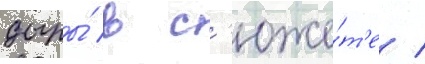
дыры́ в с'юже́т'е /